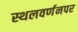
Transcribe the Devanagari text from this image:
स्थलवर्णनपर